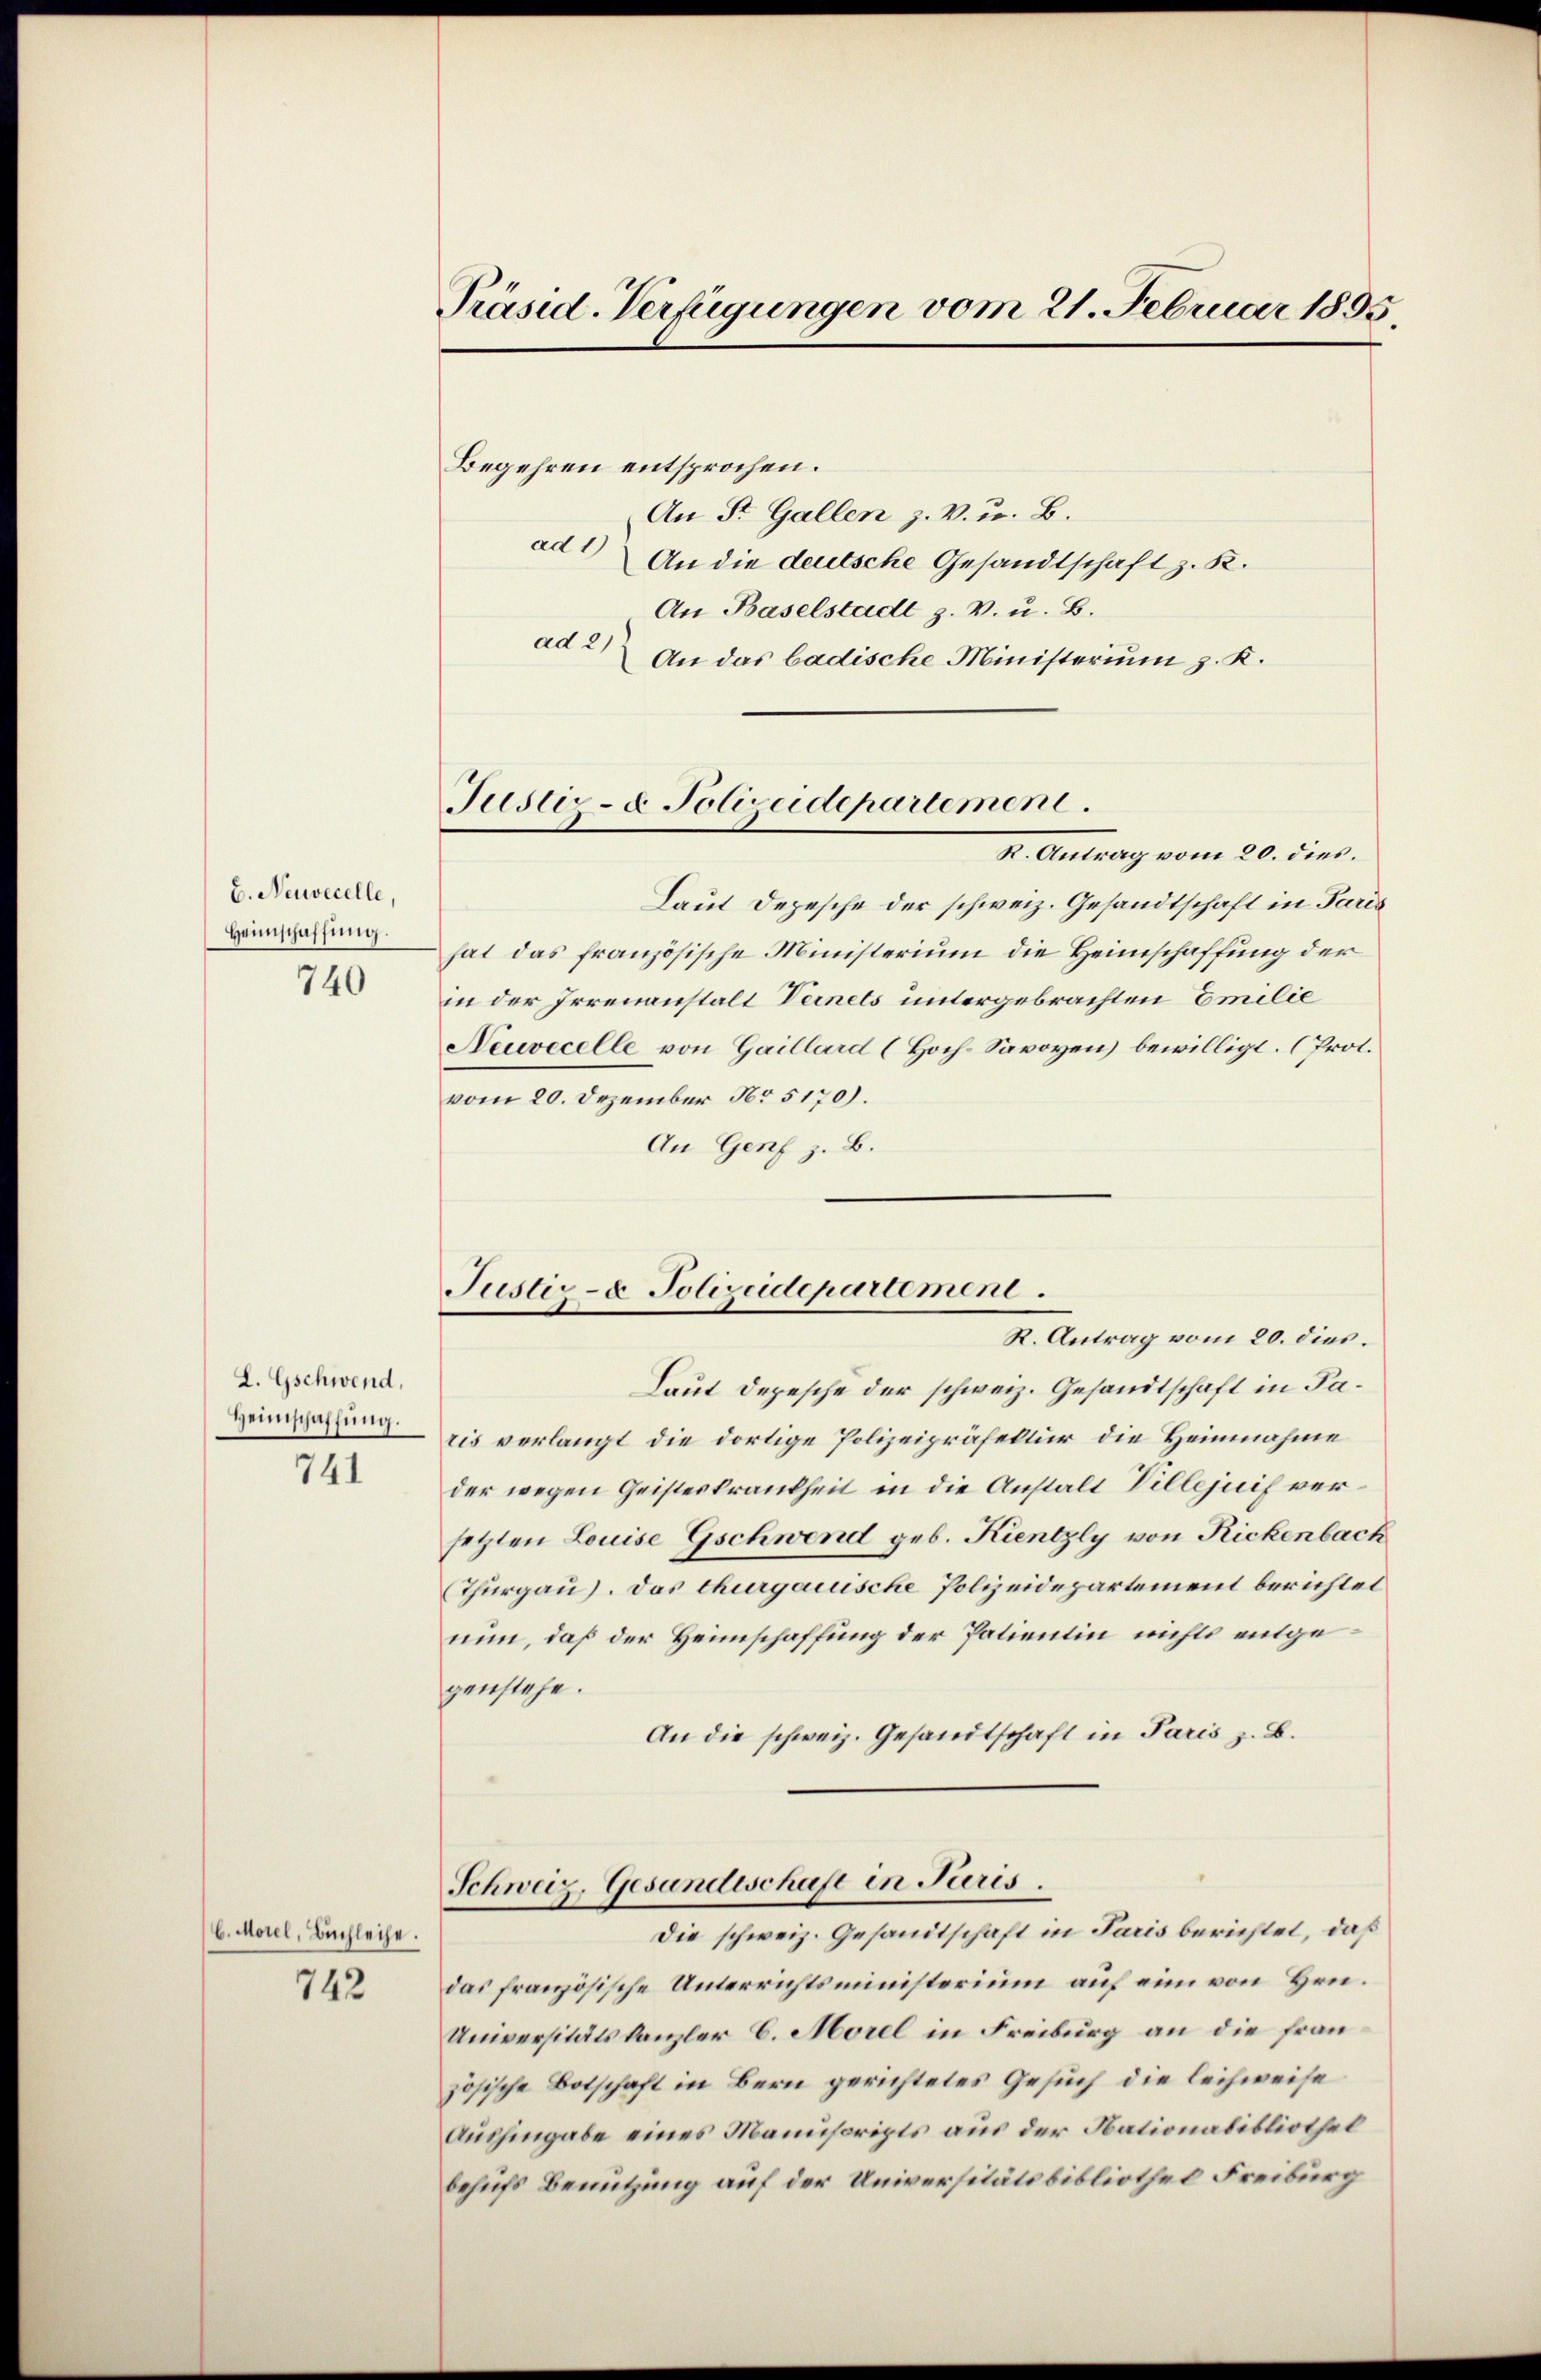
b. Neuvecelle,
Heimschaffung.
740

L. Gschwend,
Heimschaffung.
741

6. Morel, Buchleihe.

742

Präsid. Verfügungen vom 21. Februar 1895

Justiz- & Polizeidepartemen

Begehren entsprochen.
An St. Gallen z. V. u. B.
ad 1)
An die deutsche Gesandtschaft z. K.
An Baselstadt z. v. u. B.
ad 2) An das badische Ministerium z. K.
K. Antrag vom 20. dies.
Laut Depesche der schweiz. Gesandtschaft in Paris
hat das französische Ministerium die Heimschaffung der
in der Irrenanstalt Vernets untergebrachten Emilie
Neuvecelle von Gaillard (Hoch-Savoyen) bewilligt. (Prol.
vom 20. Dezember No 5170).
An Genf z. B.
Laut Depesche der schweiz. Gesandtschaft in Paris verlangt die dortige Polizeipräfektur die Heimnahme
der wegen Geisteskrankheit in die Anstalt Villejuif versetzten Louise Gschwend geb. Kientzly von Rickenbach
Thurgau). Das thurgauische Polizeidepartement berichtet
nun, daß der Heimschaffung der Patientin nichts entgegenstehe.
An die schweiz. Gesandtschaft in Paris z. B.
Schweiz. Gesandtschaft in Pieris
Die schweiz. Gesandtschaft in Paris berichtet, daß
das französische Unterrichtsministerium auf ein von Hrn.
Universitätskanzler C. Morel in Freiburg an die französische Botschaft in Bern gerichtetes Gesuch die leihweise
Aushingabe eines Manuscripts aus der Nationabibliothek
behufs Benutzung auf der Universitätsbibliothel Freiburg

Justiz- & Polizeidepartement.
R. Antrag vom 20. dies